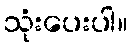
သုံးပေးပါ။